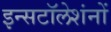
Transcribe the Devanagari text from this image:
इन्सटॉलेशंनों